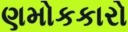
ણમોકકારો